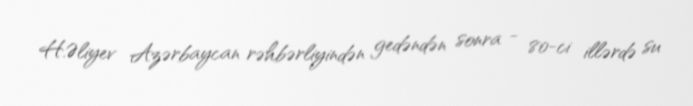
H.Əliyev Azərbaycan rəhbərliyindən gedəndən sonra - 80-ci illərdə su